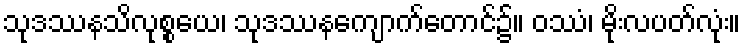
သုဒဿနသိလုစ္စယေ၊ သုဒဿနကျောက်တောင်၌။ ဝဿံ၊ မိုးလပတ်လုံး။